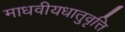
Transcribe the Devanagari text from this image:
माधवीयधातुवृत्ति